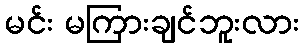
မင်း မကြားချင်ဘူးလား